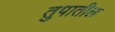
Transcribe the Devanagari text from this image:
तुपातील